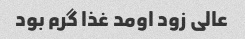
عالی زود اومد غذا گرم بود